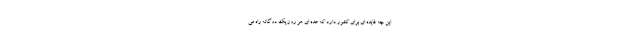
این چه فایده ای برای کشور دارد که عده ای هر روز یک دوگانه راه می